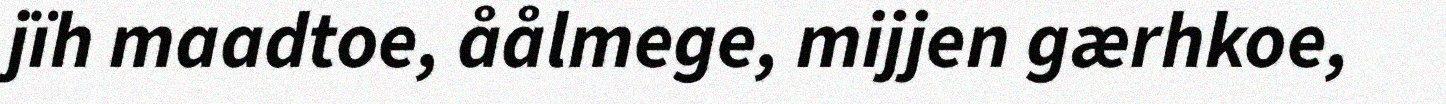
jïh maadtoe, åålmege, mijjen gærhkoe,